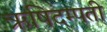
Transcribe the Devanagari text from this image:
ऋषिदम्पती